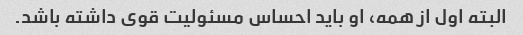
البته اول از همه، او باید احساس مسئولیت قوی داشته باشد.